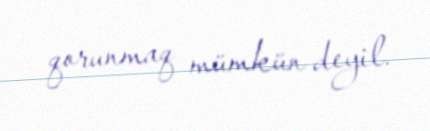
qorunmaq mümkün deyil.